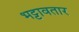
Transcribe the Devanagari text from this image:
भट्टावतार